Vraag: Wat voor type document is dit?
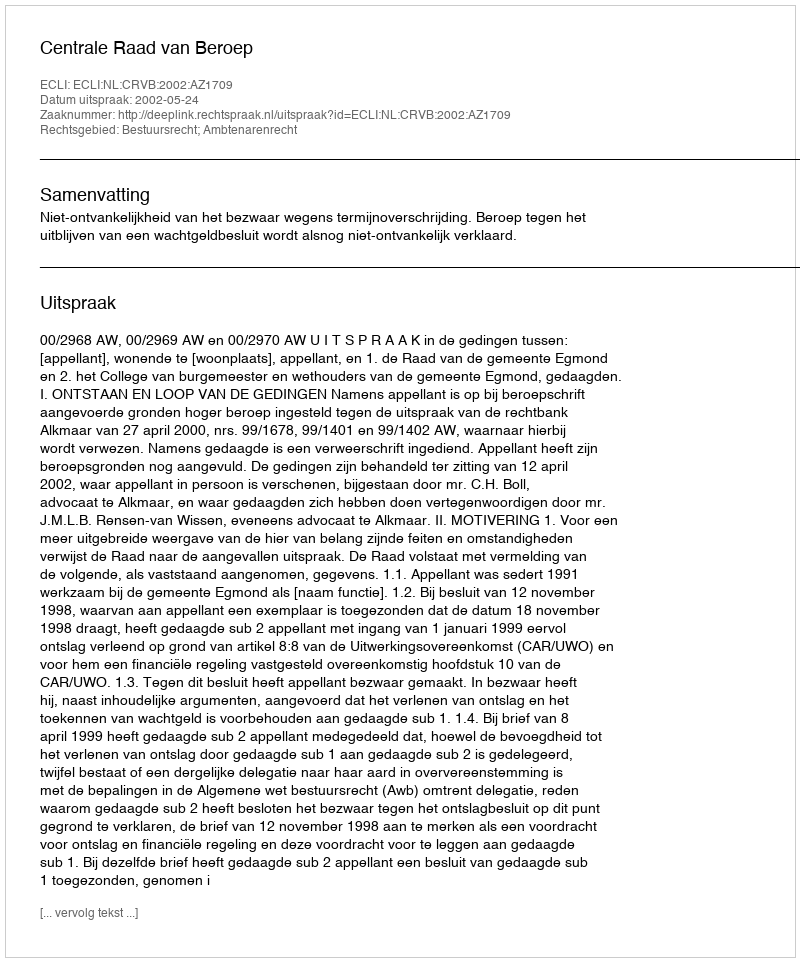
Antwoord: Uitspraak